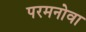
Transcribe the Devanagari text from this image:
परमनोवा